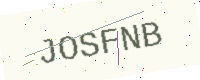
Text: JOSFNB